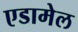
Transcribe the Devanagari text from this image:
एडामेल